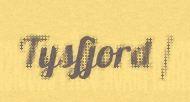
Tysfjord /